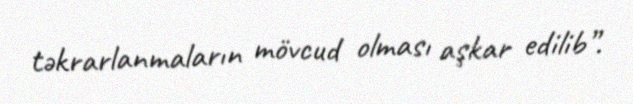
təkrarlanmaların mövcud olması aşkar edilib”.